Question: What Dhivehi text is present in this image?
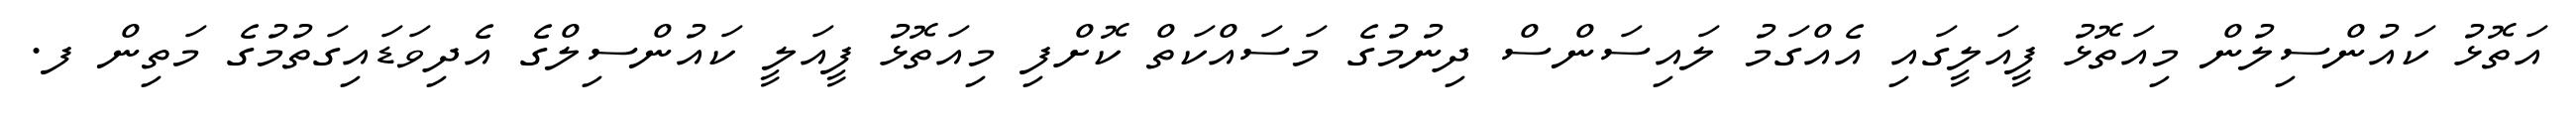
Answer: އަތޮޅު ކައުންސިލުން މިއަތޮޅު ފީއަލީގައި އެއްގަމު ލައިސަންސް ދިނުމުގެ މަސައްކަތް ކޮށްފި މިއަތޮޅު ފީއަލީ ކައުންސިލްގެ އެދިވަޑައިގަތުމުގެ މަތިން ފ.